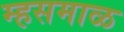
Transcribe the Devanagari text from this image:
म्हसमाळ